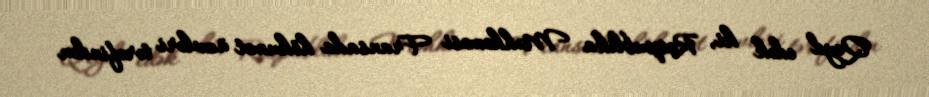
Qeyd edək ki, Respublika Məhkəməsi Fransada hökumət üzvləri tərəfindən